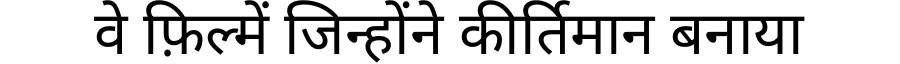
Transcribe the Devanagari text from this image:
वे फ़िल्में जिन्होंने कीर्तिमान बनाया